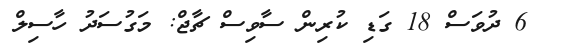
6 ދުވަސް 18 ގަޑި ކުރިން ސާވިސް ޗާޖް: މަގުސަދު ހާސިލް